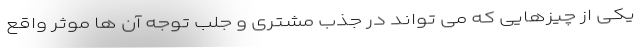
یکی از چیزهایی که می تواند در جذب مشتری و جلب توجه آن ها موثر واقع